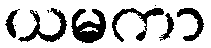
ယမကာ